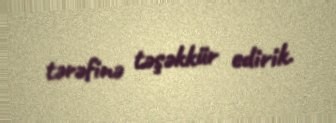
tərəfinə təşəkkür edirik.